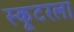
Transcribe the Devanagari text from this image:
स्कूटरला